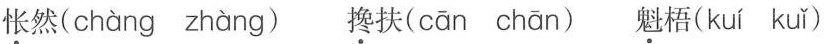
怅然( chàng zhàng ) 搀扶( cān chān ) 魁梧( kuí kuǐ )